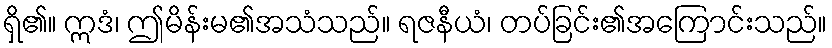
ရှိ၏။ ဣဒံ၊ ဤမိန်းမ၏အသံသည်။ ရဇနီယံ၊ တပ်ခြင်း၏အကြောင်းသည်။